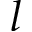
l